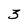
Character: 3